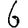
Digit: 6